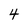
Character: 4